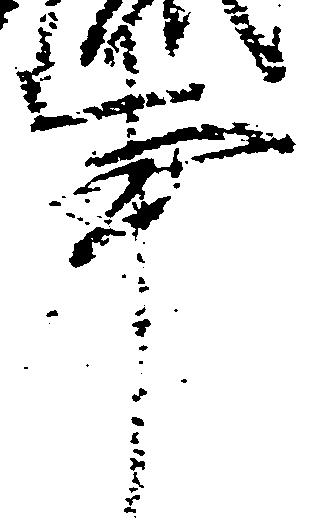
事